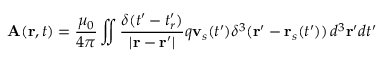
\mathbf { A } ( \mathbf { r } , t ) = { \frac { \mu _ { 0 } } { 4 \pi } } \iint { \frac { \delta ( t ^ { \prime } - t _ { r } ^ { \prime } ) } { | \mathbf { r } - \mathbf { r } ^ { \prime } | } } q \mathbf { v } _ { s } ( t ^ { \prime } ) \delta ^ { 3 } ( \mathbf { r ^ { \prime } } - \mathbf { r } _ { s } ( t ^ { \prime } ) ) \, d ^ { 3 } \mathbf { r } ^ { \prime } d t ^ { \prime }